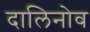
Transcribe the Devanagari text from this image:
दालिनोव